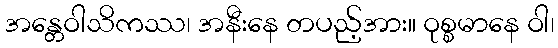
အန္တေဝါသိကဿ၊ အနီးနေ တပည့်အား။ ဝုစ္စမာနေ ဝါ၊